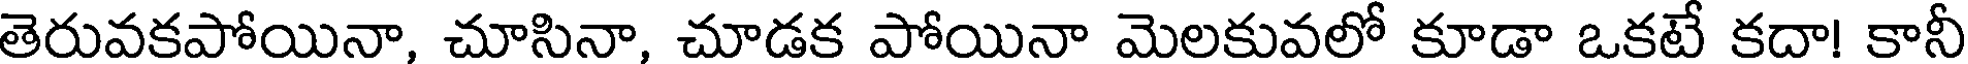
తెరువకపోయినా, చూసినా, చూడక పోయినా మెలకువలో కూడా ఒకటే కదా! కానీ